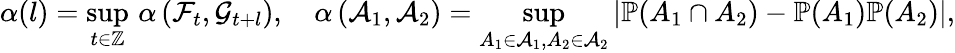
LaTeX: \alpha(l)=\underset{t\in\mathbb{Z}}{\operatorname*{sup}}\, \alpha\left(\mathcal{F}_{t},\mathcal{G}_{t+l}\right),\quad\alpha\left(\mathcal{A}_{1},\mathcal{A}_{2}\right)=\underset{A_{1}\in\mathcal{A}_{1},A_{2}\in\mathcal{A}_{2}}{\operatorname*{sup}}\left|\mathbb{P}(A_{1}\cap A_{2})-\mathbb{P}(A_{1})\mathbb{P}(A_{2})\right|,